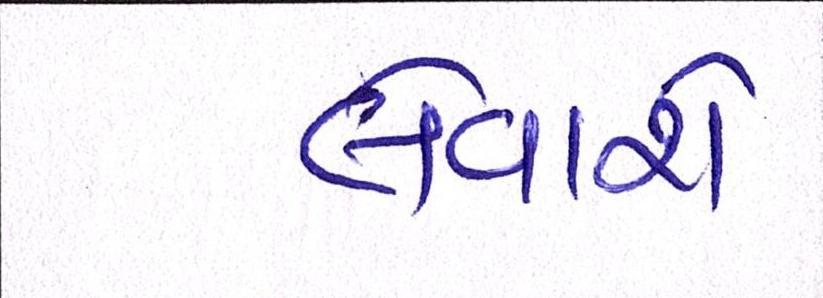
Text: લેવાશે